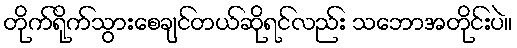
တိုက်ရိုက်သွားစေချင်တယ်ဆိုရင်လည်း သဘောအတိုင်းပဲ။